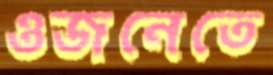
ওজনেতে